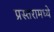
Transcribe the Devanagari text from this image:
प्रस्तरामध्ये